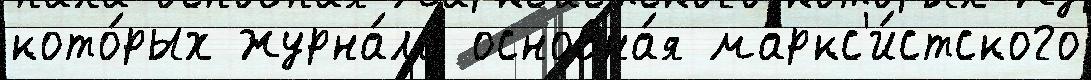
кото́рых журна́ла основна́я маркс'и́стского